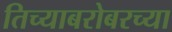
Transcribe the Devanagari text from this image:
तिच्याबरोबरच्या